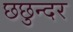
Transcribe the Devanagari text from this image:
छछुन्दर